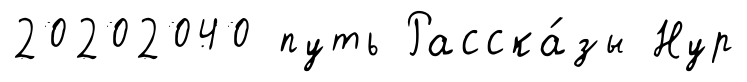
20202040 путь Расска́зы Нур